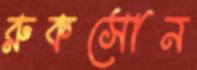
রুকসোন